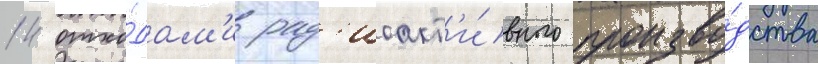
14 отхо́дам'и рад'иоакт'и́вного произво́дства